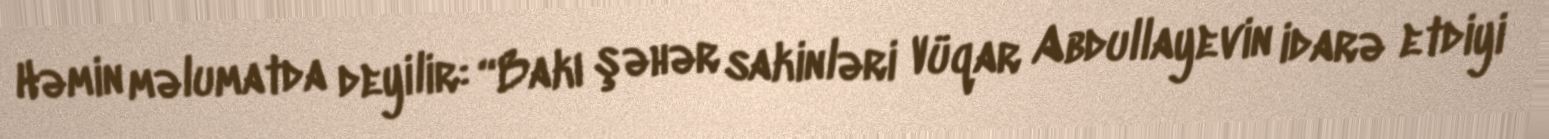
Həmin məlumatda deyilir: “Bakı şəhər sakinləri Vüqar Abdullayevin idarə etdiyi